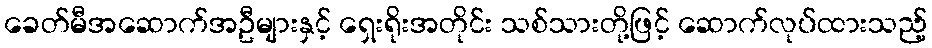
ခေတ်မီအဆောက်အဦများနှင့် ရှေးရိုးအတိုင်း သစ်သားတို့ဖြင့် ဆောက်လုပ်ထားသည့်